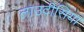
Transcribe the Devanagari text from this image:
लाउदीसिया